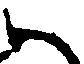
ハ